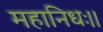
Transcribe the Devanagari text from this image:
महानिधः।।